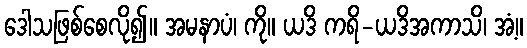
ဒေါသဖြစ်စေလို၍။ အမနာပံ၊ ကို။ ယဒိ ကရိ-ယဒိအကာသိ၊ အံ့။